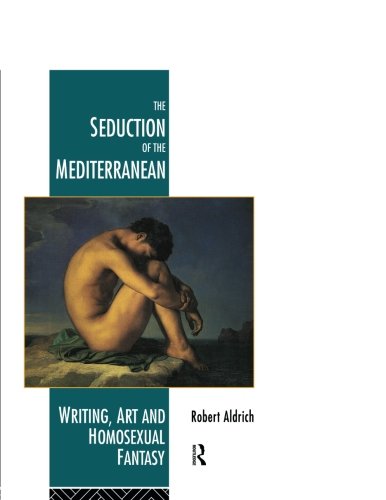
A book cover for The Seduction of the Mediterranean: Writing, Art and Homosexual Fantasy; Robert Aldrich; Science Fiction & Fantasy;